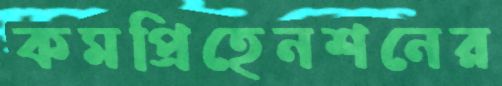
কমপ্রিহেনশনের